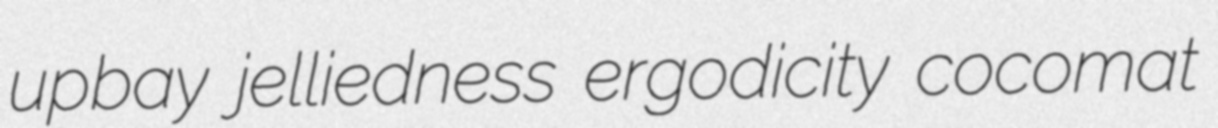
upbay jelliedness ergodicity cocomat